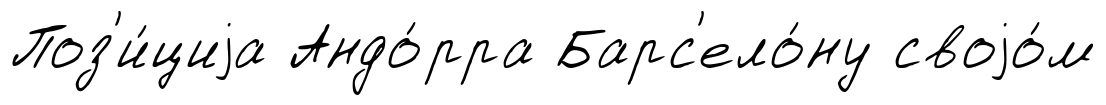
Поз'и́циjа Андо́рра Барс'ело́ну своjо́м